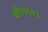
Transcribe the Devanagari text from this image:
थी।१६०३